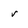
Character: v